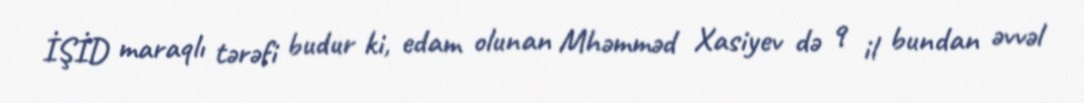
İŞİD maraqlı tərəfi budur ki, edam olunan Mhəmməd Xasiyev də 9 il bundan əvvəl